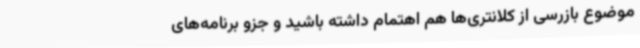
موضوع بازرسی از کلانتری‌ها هم اهتمام داشته باشید و جزو برنامه‌های